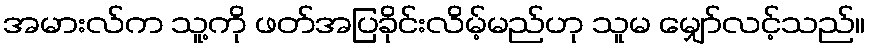
အမားလ်က သူ့ကို ဖတ်အပြခိုင်းလိမ့်မည်ဟု သူမ မျှော်လင့်သည်။